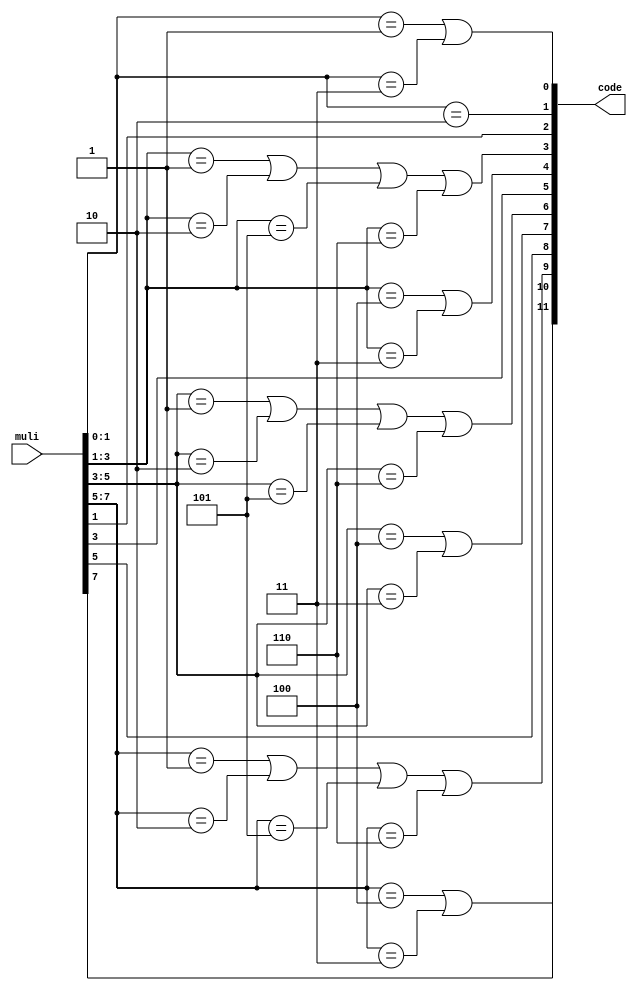
`timescale 1ns / 1ps
module booth_enc(
    muli,
    code
);

input [7:0] muli;
output [11:0] code;
wire   [11:0] mul;

assign mul[2:0] =  {muli[1:0],1'b0};// == 3'b111) ?  3'd0 : {muli[1:0],1'b0};
assign mul[5:3] =  muli[3:1];//  == 3'b111)  ?  3'd0 : muli[3:1];
assign mul[8:6] =  muli[5:3];//  == 3'b111)  ?  3'd0 : muli[5:3];
assign mul[11:9] = muli[7:5];//  == 3'b111) ?   3'd0 : muli[7:5];

assign code[2] = mul[2];
assign code[1] = (mul[2:0] == 3'b100) || (mul[2:0] == 3'b011);
assign code[0] = (mul[2:0] == 3'b001) || (mul[2:0] == 3'b010) || (mul[2:0] == 3'b101) || (mul[2:0] == 3'b110);

assign code[5] = mul[5];
assign code[4] = (mul[5:3] == 3'b100) || (mul[5:3] == 3'b011);
assign code[3] = (mul[5:3] == 3'b001) || (mul[5:3] == 3'b010) || (mul[5:3] == 3'b101) || (mul[5:3] == 3'b110);

assign code[8] = mul[8];
assign code[7] = (mul[8:6] == 3'b100) || (mul[8:6] == 3'b011);
assign code[6] = (mul[8:6] == 3'b001) || (mul[8:6] == 3'b010) || (mul[8:6] == 3'b101) || (mul[8:6] == 3'b110);

assign code[11] = mul[11];
assign code[10] = (mul[11:9] == 3'b100) || (mul[11:9] == 3'b011);
assign code[9] = (mul[11:9] == 3'b001) || (mul[11:9] == 3'b010) || (mul[11:9] == 3'b101) || (mul[11:9] == 3'b110);

endmodule